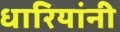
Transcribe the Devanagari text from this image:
धारियांनी